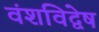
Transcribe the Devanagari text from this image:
वंशविद्वेष